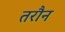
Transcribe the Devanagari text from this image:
तरौन